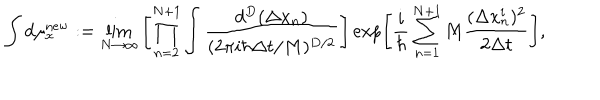
\int d \mu _ { x } ^ { \mathrm { n e w } } : = \lim _ { N \rightarrow \infty } \left[ \prod _ { n = 2 } ^ { N + 1 } \int \frac { d ^ { D } ( \Delta x _ { n } ) } { ( 2 \pi i \hbar \Delta t / M ) ^ { D / 2 } } \right] \exp \left[ \frac { i } { \hbar } \sum _ { n = 1 } ^ { N + 1 } M \frac { ( \Delta x _ { n } ^ { i } ) ^ { 2 } } { 2 \Delta t } \right] ,